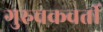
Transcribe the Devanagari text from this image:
गुरुचक्रवर्ती